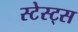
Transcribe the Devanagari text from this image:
स्टेस्ट्स